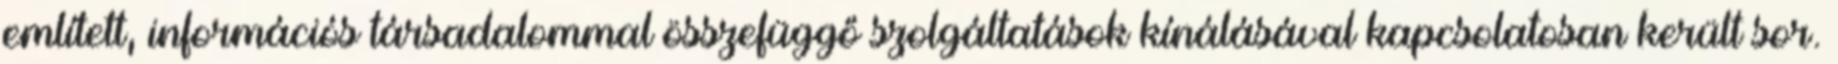
említett, információs társadalommal összefüggő szolgáltatások kínálásával kapcsolatosan került sor.